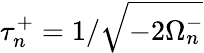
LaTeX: \tau_{n}^{+}=1/\sqrt{-{2\Omega_{n}^{-}}}